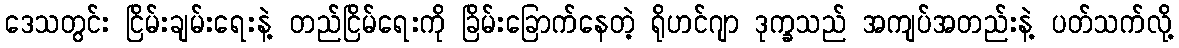
ဒေသတွင်း ငြိမ်းချမ်းရေးနဲ့ တည်ငြိမ်ရေးကို ခြိမ်းခြောက်နေတဲ့ ရိုဟင်ဂျာ ဒုက္ခသည် အကျပ်အတည်းနဲ့ ပတ်သက်လို့